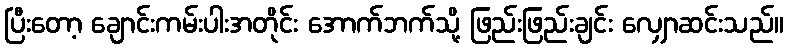
ပြီးတော့ ချောင်းကမ်းပါးအတိုင်း အောက်ဘက်သို့ ဖြည်းဖြည်းချင်း လျှောဆင်းသည်။